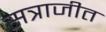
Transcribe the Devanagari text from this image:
सत्राजीत